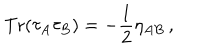
{ \mathrm { T r } } ( \tau _ { A } \tau _ { B } ) = - \frac 1 2 \eta _ { A B } \, ,